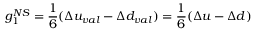
g _ { 1 } ^ { N S } = \frac 1 6 ( \Delta u _ { v a l } - \Delta d _ { v a l } ) = \frac 1 6 ( \Delta u - \Delta d )